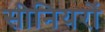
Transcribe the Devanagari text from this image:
सीनियरों